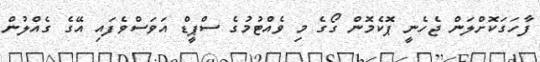
ފާހަގަކޮށްލަން ޖެހެނީ ޕޮކެމޮން ގޯގެ މި ވެއްޓުމުގެ ސްޕީޑް އަވަސްވެފައި އޭގެ ގެއްލުން